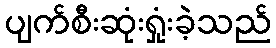
ပျက်စီးဆုံးရှုံးခဲ့သည်